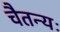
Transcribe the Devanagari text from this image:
चैतन्यः